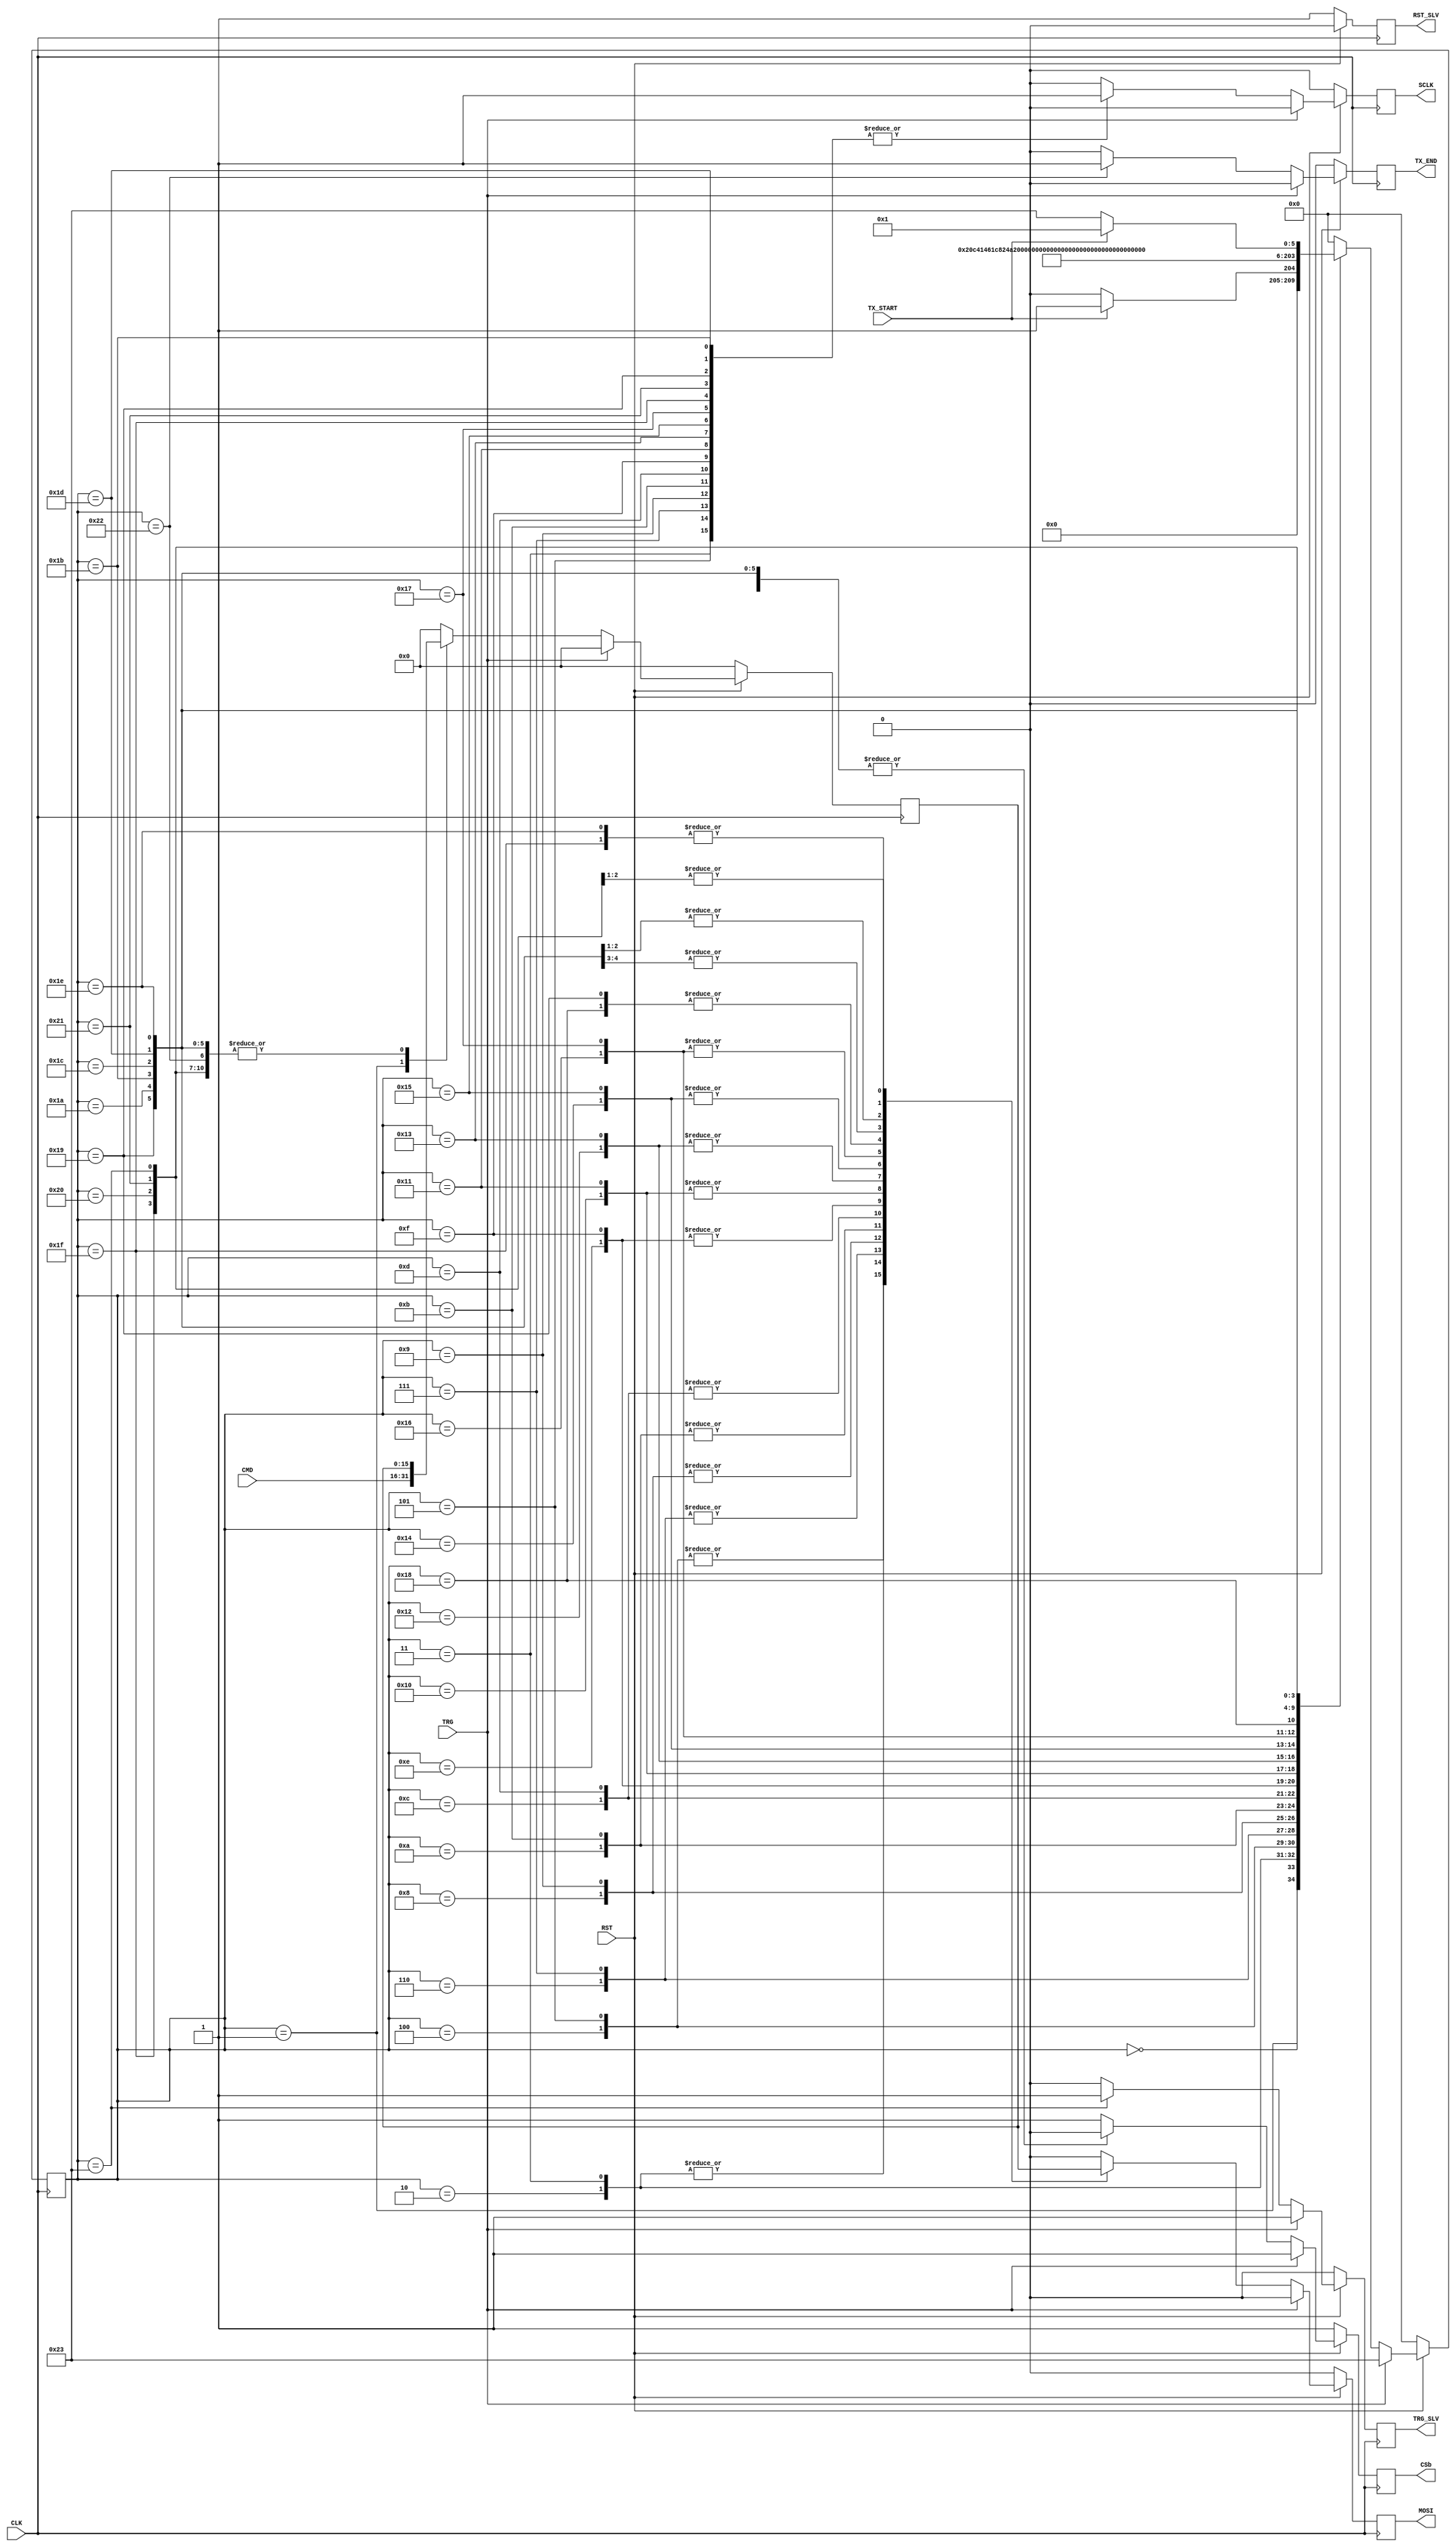
`timescale 1ns/10ps

module SPI_MASTER (
	input wire CLK,
	input wire RST,
	input wire TRG,
	input wire TX_START,
	input wire [15:0] CMD,
	
	output reg SCLK,
	output reg CSb,
	output reg RST_SLV,
	output reg TRG_SLV,
	output reg MOSI,
	output reg TX_END
);

	reg [5:0] STATE;
	reg [15:0] CMD_REG;

	always@(posedge CLK) begin
		if (!RST) begin
			STATE <= 6'd0;
			SCLK <= 1'b0;
			CSb <= 1'b1;
			RST_SLV <= 1'b1;
			TRG_SLV <= 1'b0;
			MOSI <= 1'b0;
			TX_END <= 1'b0;
			CMD_REG <= 16'b0;
		end			
		
		else if (TRG) begin
			STATE <= 6'd35;
			SCLK <= 1'b0;
			CSb <= 1'b1;
			RST_SLV <= 1'b0;
			TRG_SLV <= 1'b1;
			MOSI <= 1'b0;
			TX_END <= 1'b0;
			CMD_REG <= 16'b0;			
		end
		
		else begin
			case (STATE)
				6'd0: begin //TX wait
					SCLK <= 1'b0;
					CSb <= 1'b1;
					RST_SLV <= 1'b0;
					TRG_SLV <= 1'b0;
					MOSI <= 1'b0;
					TX_END <= 1'b0;
					CMD_REG <= CMD_REG;
					if (TX_START) STATE <= 6'd1;
					else STATE <= 6'd0;
				end
								
				6'd1: begin //Command store
					SCLK <= 1'b0;
					CSb <= 1'b1;
					RST_SLV <= 1'b0;
					TRG_SLV <= 1'b0;
					MOSI <= 1'b0;
					TX_END <= 1'b0;
					CMD_REG <= CMD;
					STATE <= 6'd2;		
				end			
					
				6'd2: begin //TX state(1-a)
					SCLK <= 1'b0;
					CSb <= 1'b0;
					RST_SLV <= 1'b0;
					TRG_SLV <= 1'b0;
					MOSI <= CMD_REG[15];
					TX_END <= 1'b0;
					CMD_REG <= CMD_REG;
					STATE <= 6'd3;
				end
				
				6'd3: begin //TX state(1-b)
					SCLK <= 1'b1;
					CSb <= 1'b0;
					RST_SLV <= 1'b0;
					TRG_SLV <= 1'b0;
					MOSI <= CMD_REG[15];
					TX_END <= 1'b0;
					CMD_REG <= CMD_REG;
					STATE <= 6'd4;
				end
				
				6'd4: begin //TX state(2-a)
					SCLK <= 1'b0;
					CSb <= 1'b0;
					RST_SLV <= 1'b0;
					TRG_SLV <= 1'b0;
					MOSI <= CMD_REG[14];
					TX_END <= 1'b0;
					CMD_REG <= CMD_REG;
					STATE <= 6'd5;
				end
					
				6'd5: begin //TX state(2-b)
					SCLK <= 1'b1;
					CSb <= 1'b0;
					RST_SLV <= 1'b0;
					TRG_SLV <= 1'b0;
					MOSI <= CMD_REG[14];
					TX_END <= 1'b0;
					CMD_REG <= CMD_REG;
					STATE <= 6'd6;
				end
					
				6'd6: begin //TX state(3-a)
					SCLK <= 1'b0;
					CSb <= 1'b0;
					RST_SLV <= 1'b0;
					TRG_SLV <= 1'b0;
					MOSI <= CMD_REG[13];
					TX_END <= 1'b0;
					CMD_REG <= CMD_REG;
					STATE <= 6'd7;
				end
			
				6'd7: begin //TX state(3-b)
					SCLK <= 1'b1;
					CSb <= 1'b0;
					RST_SLV <= 1'b0;
					TRG_SLV <= 1'b0;
					MOSI <= CMD_REG[13];
					TX_END <= 1'b0;
					CMD_REG <= CMD_REG;
					STATE <= 6'd8;
				end
				
				6'd8: begin //TX state(4-a)
					SCLK <= 1'b0;
					CSb <= 1'b0;
					RST_SLV <= 1'b0;
					TRG_SLV <= 1'b0;
					MOSI <= CMD_REG[12];
					TX_END <= 1'b0;
					CMD_REG <= CMD_REG;
					STATE <= 6'd9;
				end
				
				6'd9: begin //TX state(4-b)
					SCLK <= 1'b1;
					CSb <= 1'b0;
					RST_SLV <= 1'b0;
					TRG_SLV <= 1'b0;
					MOSI <= CMD_REG[12];
					TX_END <= 1'b0;
					CMD_REG <= CMD_REG;
					STATE <= 6'd10;	
				end
					
				6'd10: begin //TX state(5-a)
					SCLK <= 1'b0;
					CSb <= 1'b0;
					RST_SLV <= 1'b0;
					TRG_SLV <= 1'b0;
					MOSI <= CMD_REG[11];
					TX_END <= 1'b0;
					CMD_REG <= CMD_REG;
					STATE <= 6'd11;
				end
				
				6'd11: begin //TX state(5-b)
					SCLK <= 1'b1;
					CSb <= 1'b0;
					RST_SLV <= 1'b0;
					TRG_SLV <= 1'b0;
					MOSI <= CMD_REG[11];
					TX_END <= 1'b0;
					CMD_REG <= CMD_REG;
					STATE <= 6'd12;
				end
				
				6'd12: begin //TX state(6-a)
					SCLK <= 1'b0;
					CSb <= 1'b0;
					RST_SLV <= 1'b0;
					TRG_SLV <= 1'b0;
					MOSI <= CMD_REG[10];
					TX_END <= 1'b0;
					CMD_REG <= CMD_REG;
					STATE <= 6'd13;
				end
				
				6'd13: begin //TX state(6-b)
					SCLK <= 1'b1;
					CSb <= 1'b0;
					RST_SLV <= 1'b0;
					TRG_SLV <= 1'b0;
					MOSI <= CMD_REG[10];
					TX_END <= 1'b0;
					CMD_REG <= CMD_REG;
					STATE <= 6'd14;
				end
				
				6'd14: begin //TX state(7-a)
					SCLK <= 1'b0;
					CSb <= 1'b0;
					RST_SLV <= 1'b0;
					TRG_SLV <= 1'b0;
					MOSI <= CMD_REG[9];
					TX_END <= 1'b0;
					CMD_REG <= CMD_REG;
					STATE <= 6'd15;
				end
				
				6'd15: begin //TX state(7-b)
					SCLK <= 1'b1;
					CSb <= 1'b0;
					RST_SLV <= 1'b0;
					TRG_SLV <= 1'b0;
					MOSI <= CMD_REG[9];					
					TX_END <= 1'b0;
					CMD_REG <= CMD_REG;
					STATE <= 6'd16;
				end
					
				6'd16: begin //TX state(8-a)
					SCLK <= 1'b0;
					CSb <= 1'b0;
					RST_SLV <= 1'b0;
					TRG_SLV <= 1'b0;
					MOSI <= CMD_REG[8];
					TX_END <= 1'b0;
					CMD_REG <= CMD_REG;
					STATE <= 6'd17;
				end
				
				6'd17: begin //TX state(8-b)
					SCLK <= 1'b1;
					CSb <= 1'b0;
					RST_SLV <= 1'b0;
					TRG_SLV <= 1'b0;
					MOSI <= CMD_REG[8];
					TX_END <= 1'b0;
					CMD_REG <= CMD_REG;
					STATE <= 6'd18;	
				end
				
				6'd18: begin //TX state(9-a)
					SCLK <= 1'b0;
					CSb <= 1'b0;
					RST_SLV <= 1'b0;
					TRG_SLV <= 1'b0;
					MOSI <= CMD_REG[7];
					TX_END <= 1'b0;
					CMD_REG <= CMD_REG;
					STATE <= 6'd19;
				end
				
				6'd19: begin //TX state(9-b)
					SCLK <= 1'b1;
					CSb <= 1'b0;
					RST_SLV <= 1'b0;
					TRG_SLV <= 1'b0;
					MOSI <= CMD_REG[7];
					TX_END <= 1'b0;
					CMD_REG <= CMD_REG;
					STATE <= 6'd20;
				end
							
				6'd20: begin //TX state(10-a)
					SCLK <= 1'b0;
					CSb <= 1'b0;
					RST_SLV <= 1'b0;
					TRG_SLV <= 1'b0;
					MOSI <= CMD_REG[6];
					TX_END <= 1'b0;
					CMD_REG <= CMD_REG;
					STATE <= 6'd21;
				end
				
				6'd21: begin //TX state(10-b)
					SCLK <= 1'b1;
					CSb <= 1'b0;
					RST_SLV <= 1'b0;
					TRG_SLV <= 1'b0;
					MOSI <= CMD_REG[6];
					TX_END <= 1'b0;
					CMD_REG <= CMD_REG;
					STATE <= 6'd22;
				end
			
				6'd22: begin //TX state(11-a)
					SCLK <= 1'b0;
					CSb <= 1'b0;
					RST_SLV <= 1'b0;
					TRG_SLV <= 1'b0;
					MOSI <= CMD_REG[5];
					TX_END <= 1'b0;
					CMD_REG <= CMD_REG;
					STATE <= 6'd23;
				end
				
				6'd23: begin //TX state(11-b)
					SCLK <= 1'b1;
					CSb <= 1'b0;
					RST_SLV <= 1'b0;
					TRG_SLV <= 1'b0;
					MOSI <= CMD_REG[5];
					TX_END <= 1'b0;
					CMD_REG <= CMD_REG;
					STATE <= 6'd24;
				end
										
				6'd24: begin //TX state(12-a)
					SCLK <= 1'b0;
					CSb <= 1'b0;
					RST_SLV <= 1'b0;
					TRG_SLV <= 1'b0;
					MOSI <= CMD_REG[4];
					TX_END <= 1'b0;
					CMD_REG <= CMD_REG;
					STATE <= 6'd25;
				end
				
				6'd25: begin //TX state(12-b)
					SCLK <= 1'b1;
					CSb <= 1'b0;
					RST_SLV <= 1'b0;
					TRG_SLV <= 1'b0;
					MOSI <= CMD_REG[4];
					TX_END <= 1'b0;
					CMD_REG <= CMD_REG;
					STATE <= 6'd26;
				end
										
				6'd26: begin //TX state(13-a)
					SCLK <= 1'b0;
					CSb <= 1'b0;
					RST_SLV <= 1'b0;
					TRG_SLV <= 1'b0;
					MOSI <= CMD_REG[3];
					TX_END <= 1'b0;
					CMD_REG <= CMD_REG;
					STATE <= 6'd27;
				end
				
				6'd27: begin //TX state(13-b)
					SCLK <= 1'b1;
					CSb <= 1'b0;
					RST_SLV <= 1'b0;
					TRG_SLV <= 1'b0;
					MOSI <= CMD_REG[3];
					TX_END <= 1'b0;
					CMD_REG <= CMD_REG;
					STATE <= 6'd28;
				end
					
				6'd28: begin //TX state(14-a)
					SCLK <= 1'b0;
					CSb <= 1'b0;
					RST_SLV <= 1'b0;
					TRG_SLV <= 1'b0;
					MOSI <= CMD_REG[2];
					TX_END <= 1'b0;
					CMD_REG <= CMD_REG;
					STATE <= 6'd29;
				end
				
				6'd29: begin //TX state(14-b)
					SCLK <= 1'b1;
					CSb <= 1'b0;
					RST_SLV <= 1'b0;
					TRG_SLV <= 1'b0;
					MOSI <= CMD_REG[2];
					TX_END <= 1'b0;
					CMD_REG <= CMD_REG;
					STATE <= 6'd30;
				end
										
				6'd30: begin //TX state(15-a)
					SCLK <= 1'b0;
					CSb <= 1'b0;
					RST_SLV <= 1'b0;
					TRG_SLV <= 1'b0;
					MOSI <= CMD_REG[1];
					TX_END <= 1'b0;
					CMD_REG <= CMD_REG;
					STATE <= 6'd31;
				end
				
				6'd31: begin //TX state(15-b)
					SCLK <= 1'b1;
					CSb <= 1'b0;
					RST_SLV <= 1'b0;
					TRG_SLV <= 1'b0;
					MOSI <= CMD_REG[1];
					TX_END <= 1'b0;
					CMD_REG <= CMD_REG;
					STATE <= 6'd32;
				end
										
				6'd32: begin //TX state(16-a)
					SCLK <= 1'b0;
					CSb <= 1'b0;
					RST_SLV <= 1'b0;
					TRG_SLV <= 1'b0;
					MOSI <= CMD_REG[0];
					TX_END <= 1'b0;
					CMD_REG <= CMD_REG;
					STATE <= 6'd33;
				end
				
				6'd33: begin //TX state(16-b)
					SCLK <= 1'b1;
					CSb <= 1'b0;
					RST_SLV <= 1'b0;
					TRG_SLV <= 1'b0;
					MOSI <= CMD_REG[0];
					TX_END <= 1'b0;
					CMD_REG <= CMD_REG;
					STATE <= 6'd34;
				end
				
				6'd34: begin //TX end
					SCLK <= 1'b0;
					CSb <= 1'b1;
					RST_SLV <= 1'b0;
					TRG_SLV <= 1'b0;
					MOSI <= 1'b0;					
					TX_END <= 1'b1;
					CMD_REG <= CMD_REG;
					STATE <= 6'd0;
				end
					
				6'd35: begin //Trigger Slave
					SCLK <= 1'b0;
					CSb <= 1'b1;
					RST_SLV <= 1'b0;
					TRG_SLV <= 1'b1;
					MOSI <= 1'b0;
					TX_END <= 1'b0;
					CMD_REG <= CMD_REG;
					if (TX_START) STATE <= 6'd1;
					else STATE <= 6'd35;
				end
					
				default: begin
					SCLK <= 1'b0;
					CSb <= 1'b1;
					RST_SLV <= 1'b0;
					TRG_SLV <= 1'b0;
					MOSI <= 1'b0;
					TX_END <= 1'b0;
					CMD_REG <= 16'b0;
					STATE <= 6'd0;
				end
			endcase
		end
	end




endmodule